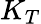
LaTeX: K_{T}